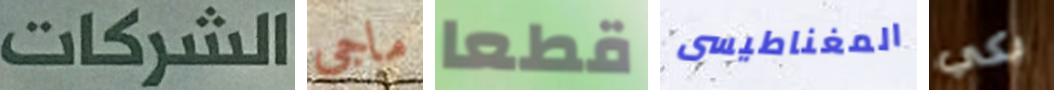
الشركات ماجى قطعا المغناطيسى بكي